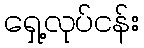
ရှေ့လုပ်ငန်း